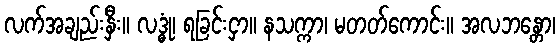
လက်အချည်းနှီး။ လဒ္ဓုံ၊ ရခြင်းငှာ။ နသက္ကာ၊ မတတ်ကောင်း။ အလဘန္တော၊